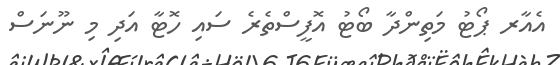
އެއާރ ޕޯޓު މަތިންދާ ބޯޓު އޮފީސްތެރެ ސައި ހޮޓާ އަދި މި ނޫނަސް